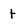
Character: t